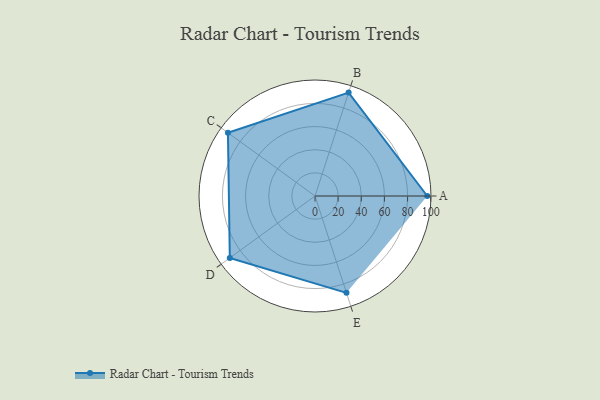
{"axis": {"x": "Skill", "y": "Score"}, "legend": ["Profile"], "data": [{"x": "A", "y": 97.0, "type": "Profile"}, {"x": "B", "y": 94.0, "type": "Profile"}, {"x": "C", "y": 93.0, "type": "Profile"}, {"x": "D", "y": 91.0, "type": "Profile"}, {"x": "E", "y": 88.0, "type": "Profile"}]}